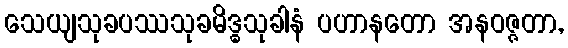
သေယျသုခပဿသုခမိဒ္ဓသုခါနံ ပဟာနတော အနဝဇ္ဇတာ,